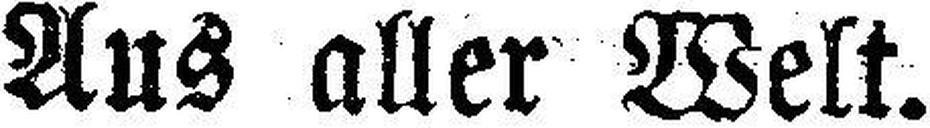
Aus aller Welt.